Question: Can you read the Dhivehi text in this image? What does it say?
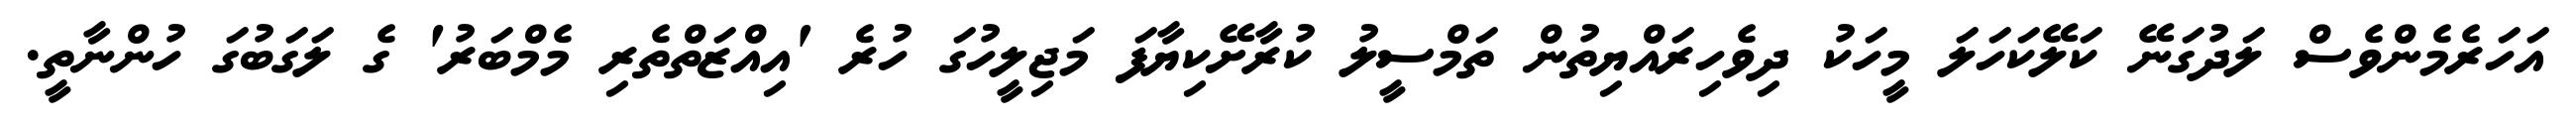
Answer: އަހަރެމެންވެސް ލަދުގަނޭ ކަލޭކަހަލަ މީހަކު ދިވެހިރައްޔިތުން ތަމްސީލު ކުރާށޭކިޔާފަ މަޖިލީހުގަ ހުރެ 'އިއްޒަތްތެރި މެމްބަރު' ގެ ލަގަބުގަ ހުންނާތީ.